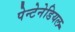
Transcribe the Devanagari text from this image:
पेन्टेनेडियल